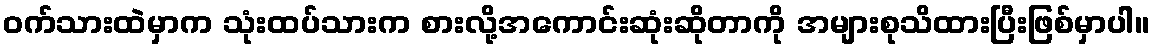
၀က်သားထဲမှာက သုံးထပ်သားက စားလို့အကောင်းဆုံးဆိုတာကို အများစုသိထားပြီးဖြစ်မှာပါ။